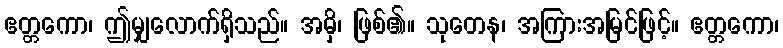
ဧတ္တကော၊ ဤမျှလောက်ရှိသည်။ အမှိ၊ ဖြစ်၏။ သုတေန၊ အကြားအမြင်ဖြင့်။ ဧတ္တကော၊